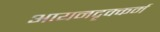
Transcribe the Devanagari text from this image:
आयनदृक्कर्म